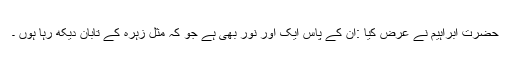
حضرت ابراہیم نے عرض کیا :ان کے پاس ایک اور نور بھی ہے جو کہ مثل زہرہ کے تابان دیکھ رہا ہوں ۔